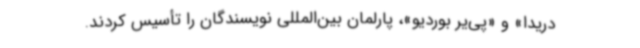
دریدا» و «پی‌یر بوردیو»، پارلمان بین‌المللی نویسندگان را تأسیس کردند.